Annual report of the Central Committee of the Association together with the report of the directors of the Pasteur Institute at Kasauli
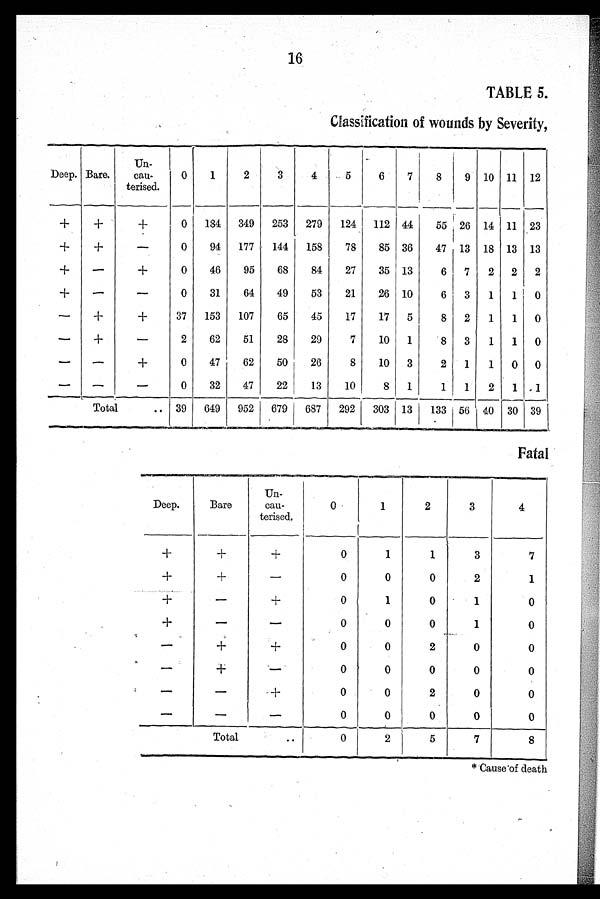
16
TABLE 5.
Classfication of wounds by Severity,
Deep. Bare.
Un-
cau-
terised.
0
1
2
3
4
5
6
7
8
9
10 11 12
+
+
+
0
134 349 253 279
124 112 44
55 26 14 11 23
+
+
–
0
94
177
144
158
78
85 36
47 13 18 13 13
+
–
+
0
46
95
68
84
27
35 13
6 7
2 2 2
+
–
–
0
31
64
49
53
21
26 10
6 3
1
1
0
–
+
+
37
153
107
65
45
17
17 5
8 2
1
1 0
–
+
–
2
62
51
28
29
7
10 1
8 3
1
1 0
–
–
+
0
47
62
50
26
8
10 3
2
1
1 0 0
–
–
–
0
32
47
22
13
10
8
1
1
1
2
1 1
Total
.. 39
649 952 679 687 292
303 13
133 56 40 30 39
Fatal
Deep.
Bare
Un-
cau-
terised.
0
1
2
3
4
+
+
+
0
1
1
3
7
+
+
–
0
0
0
2
1
+
–
+
0
1
0
1
0
+
–
–
0
0
0
1
0
–
+
+
0
0
2
0
0
–
+
–
0
0
0
0
0
–
–
+
0
0
2
0
0
–
–
–
0
0
0
0
0
Total
..
0
2
5
7
8
* Cause of death